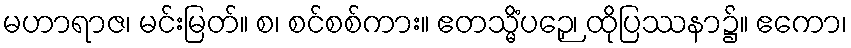
မဟာရာဇ၊ မင်းမြတ်။ စ၊ စင်စစ်ကား။ ဧတသ္မိံပဉှေ၊ ထိုပြဿနာ၌။ ဧကော၊